Indian journal of veterinary science and animal husbandry - Volumes 22-23, 1952-1953
Year: 1952
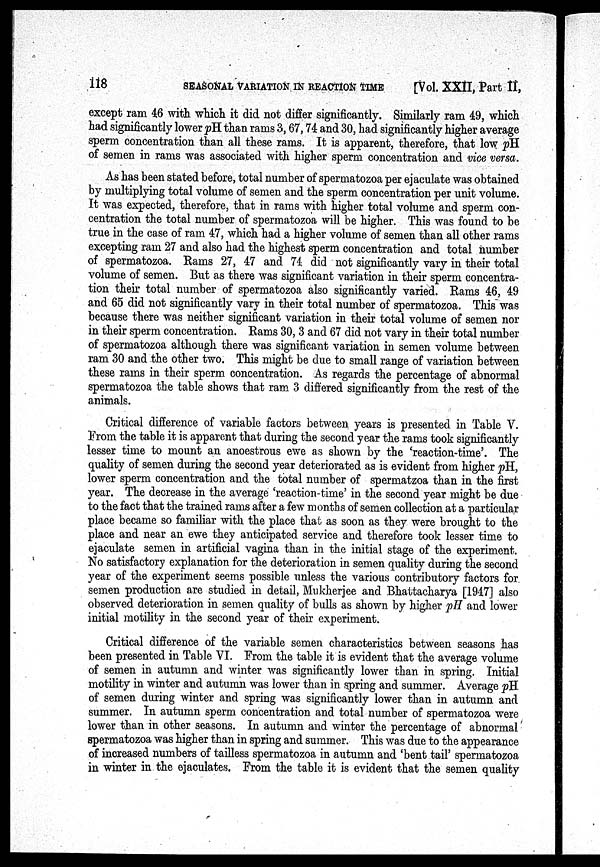
118 SEASONAL VARIATION IN REACTION TIME [Vol. XXII, Part II,
except ram 46 with, which it did not differ significantly. Similarly ram 49, which,
had significantly lower pH than rams 3, 67, 74 and 30, had significantly higher average
sperm concentration than all these rams. It is apparent, therefore, that low pH
of semen in rams was associated with higher sperm concentration and vice versa.
As has been stated before, total number of spermatozoa per ejaculate was obtained
by multiplying total volume of semen and the sperm concentration per unit volume.
It was expected, therefore, that in rams with higher total volume and sperm con-
centration the total number of spermatozoa will be higher. This was found to be
true in the case of ram 47, which had a higher volume of semen than all other rams
excepting ram 27 and also had the highest sperm concentration and total number
of spermatozoa. Rams 27, 47 and 74 did not significantly vary in their total
volume of semen. But as there was significant variation in their sperm concentra-
tion their total number of spermatozoa also significantly varied. Rams 46, 49
and 65 did not significantly vary in their total number of spermatozoa. This was
because there was neither significant variation in their total volume of semen nor
in their sperm concentration. Rams 30, 3 and 67 did not vary in their total number
of spermatozoa although there was significant variation in semen volume between
ram 30 and the other two. This might be due to small range of variation between
these rams in their sperm concentration. As regards the percentage of abnormal
spermatozoa the table shows that ram 3 differed significantly from the rest of the
animals.
Critical difference of variable factors between years is presented in Table V.
From the table it is apparent that during the second year the rams took significantly
lesser time to mount an anoestrous ewe as shown by the 'reaction-time'. The
quality of semen during the second year deteriorated as is evident from higher pH,
lower sperm concentration and the total number of spermatzoa than in the first
year. The decrease in the average 'reaction-time' in the second year might be due
to the fact that the trained rams after a few months of semen collection at a particular
place became so familiar with the place that as soon as they were brought to the
place and near an ewe they anticipated service and therefore took lesser time to
ejaculate semen in artificial vagina than in the initial stage of the experiment.
No satisfactory explanation for the deterioration in semen quality during the second
year of the experiment seems possible unless the various contributory factors for.
semen production are studied in detail, Mukherjee and Bhattacharya [1947] also
observed deterioration in semen quality of bulls as shown by higher pH and lower
initial motility in the second year of their experiment.
Critical difference of the variable semen characteristics between seasons has
been presented in Table VI. From the table it is evident that the average volume
of semen in autumn and winter was significantly lower than in spring. Initial
motility in winter and autumn was lower than in spring and summer. Average pH
of semen during winter and spring was significantly lower than in autumn and
summer. In autumn sperm concentration and total number of spermatozoa were
lower than in other seasons. In autumn and winter the percentage of abnormal
spermatozoa was higher than in spring and summer. This was due to the appearance
of increased numbers of tailless spermatozoa in autumn and 'bent tail' spermatozoa
in winter in the ejaculates. From the table it is evident that the semen quality